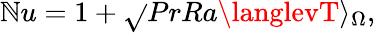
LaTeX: \mathbb{N}u=1+\sqrt{}{{PrRa}}\langlevT\rangle_{\Omega},